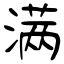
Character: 满